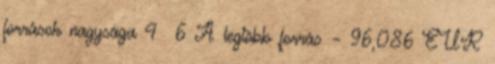
források nagysága 4 6 A legtöbb forrás – 96,086 EUR